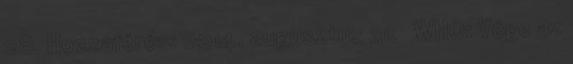
28. Hozzáférés: 2014. augusztus 31. ↑ WHO: Vége az